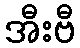
အီးဗီ